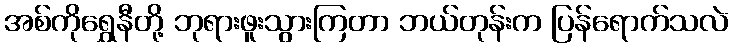
အစ်ကိုရွှေနီတို့ ဘုရားဖူးသွားကြတာ ဘယ်တုန်းက ပြန်ရောက်သလဲ